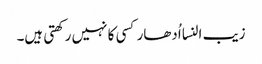
زیب النسا اُدھار کسی کا نہیں رکھتی ہیں۔